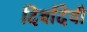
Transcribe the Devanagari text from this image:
दिर्बादेवी